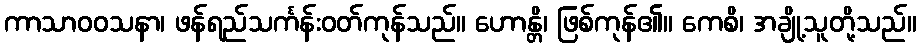
ကာသာဝဝသနာ၊ ဖန်ရည်သင်္ကန်းဝတ်ကုန်သည်။ ဟောန္တိ၊ ဖြစ်ကုန်၏။ ကေစိ၊ အချို့သူတို့သည်။